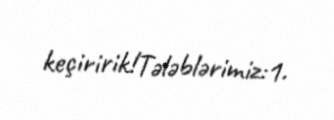
keçiririk!Tələblərimiz:1.